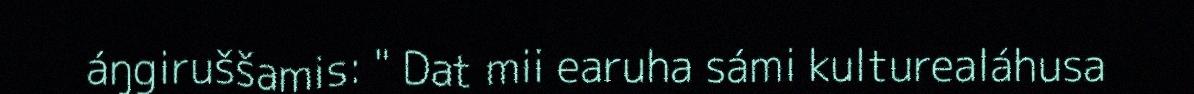
áŋgiruššamis: " Dat mii earuha sámi kulturealáhusa